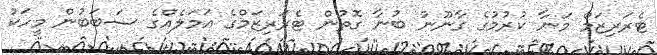
ޓެރަރިޒަމް މަނާ ކުރުމުގެ ގާނޫނު ބުނާ ގޮތުން ޓެރަރިޒަމްގެ އަމަލެއްގެ ސަބަބުން މީހަކު